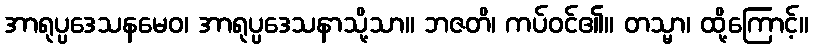
အာရုပ္ပဒေသနမေဝ၊ အာရုပ္ပဒေသနာသို့သာ။ ဘဇတိ၊ ကပ်ဝင်၏။ တသ္မာ၊ ထို့ကြောင့်။